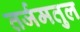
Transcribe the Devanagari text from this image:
तर्जमतुल